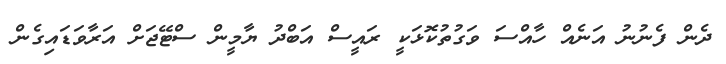
ދެން ފެނުނު އަނެއް ހާއްސަ ވަގުތުކޮޅަކީ ރައީސް އަބްދު ޔާމީން ސްޓޭޖަށް އަރާވަޑައިގެން